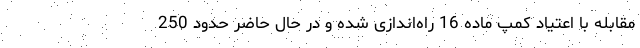
مقابله با اعتیاد کمپ ماده 16 راه‌اندازی شده و در حال حاضر حدود 250